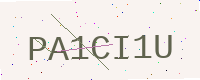
Text: PA1CI1U